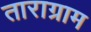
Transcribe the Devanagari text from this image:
ताराग्राम